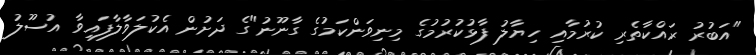
"އަބުރު ރައްކާތެރި ކުރުމާއި ހިޔާލު ފާޅުކުރުމުގެ މިނިވަންކަމުގެ ގާނޫނު"ގެ ދަށުން އެކުލަވާލާފައިވާ އުސޫލު